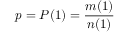
p = P ( 1 ) = \frac { m ( 1 ) } { n ( 1 ) }